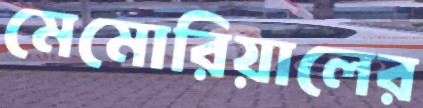
মেমোরিয়ালের